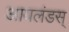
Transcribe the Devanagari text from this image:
आयलंडस्